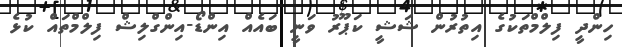
ހިންދީ ފިލްމްތަކުގެ އިތުރުން ޝަޝީ ކަޕޫރު ވަނީ ބައެއް އިންޑޯ-އިންގްލިޝް ފިލްމްތައް ކުޅެ